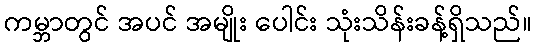
ကမ္ဘာတွင် အပင် အမျိုး ပေါင်း သုံးသိန်းခန့်ရှိသည်။